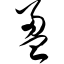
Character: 盈